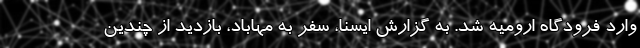
وارد فرودگاه ارومیه شد. به گزارش ایسنا، سفر به مهاباد، بازدید از چندین